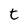
Character: t